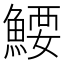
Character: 𬵜